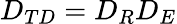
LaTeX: D_{TD}=D_{R}D_{E}